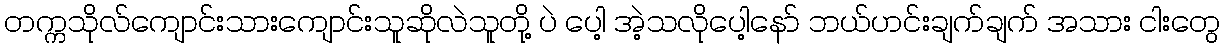
တက္ကသိုလ်ကျောင်းသားကျောင်းသူဆိုလဲသူတို့ ပဲ ပေါ့ အဲ့သလိုပေါ့နော် ဘယ်ဟင်းချက်ချက် အသား ငါးတွေ